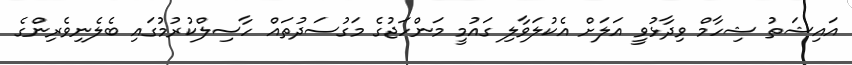
އައިޝަތު ޝިހާމް ވިދާޅުވީ އަލަށް އެކުލަވާލި ގައުމީ މަންހަޖުގެ މަގުސަދުތައް ހާސިލްކުރުމުގައި ބެލެނިވެރިންގެ